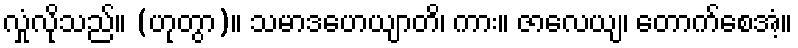
လှုံလိုသည်။ (ဟုတွာ)။ သမာဒဟေယျာတိ၊ ကား။ ဇာလေယျ၊ တောက်စေအံ့။